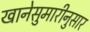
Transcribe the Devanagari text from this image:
खानेसुमारीनुसार